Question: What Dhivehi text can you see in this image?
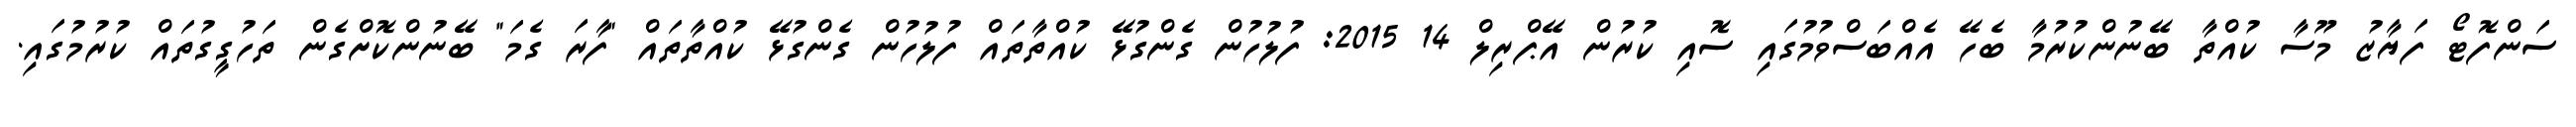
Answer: ސަންފޮޓޯ ފަޔާޒު މޫސާ ކުއްތާ ބޭނުންކުރުމާ ބެހޭ އެއްބަސްވުމުގައި ސޮއި ކުރުން އޭޕްރިލް 14 2015: ފުލުހުން ގެންގުޅޭ ކުއްތާތައް ފުލުހުން ގެންގުޅޭ ކުއްތާތައް "ފާރަ ގެމަ" ބޭނުންކޮށްގެން ތަހުގީގުތައް ކުރުމުގައި.